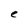
Character: e